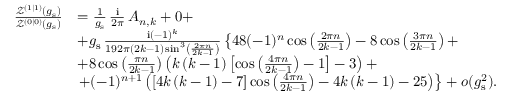
\begin{array} { r l } { \frac { \mathcal { Z } ^ { ( 1 | 1 ) } ( g _ { \mathrm { s } } ) } { \mathcal { Z } ^ { ( 0 | 0 ) } ( g _ { \mathrm { s } } ) } } & { = \frac { 1 } { g _ { \mathrm { s } } } \, \frac { { \mathrm { i } } } { 2 \pi } \, A _ { n , k } + 0 + } \\ & { + g _ { \mathrm { s } } \, \frac { { \mathrm { i } } ( - 1 ) ^ { k } } { 1 9 2 \pi \left( 2 k - 1 \right) \sin ^ { 3 } \left( \frac { 2 \pi n } { 2 k - 1 } \right) } \left\{ 4 8 ( - 1 ) ^ { n } \cos \left( \frac { 2 \pi n } { 2 k - 1 } \right) - 8 \cos \left( \frac { 3 \pi n } { 2 k - 1 } \right) + \right. } \\ & { + 8 \cos \left( \frac { \pi n } { 2 k - 1 } \right) \left( k \left( k - 1 \right) \left[ \cos \left( \frac { 4 \pi n } { 2 k - 1 } \right) - 1 \right] - 3 \right) + } \\ & { \left. + ( - 1 ) ^ { n + 1 } \left( \left[ 4 k \left( k - 1 \right) - 7 \right] \cos \left( \frac { 4 \pi n } { 2 k - 1 } \right) - 4 k \left( k - 1 \right) - 2 5 \right) \right\} + o ( g _ { \mathrm { s } } ^ { 2 } ) . } \end{array}